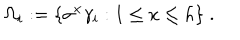
LaTeX: \Omega _ { i } : = \{ \sigma ^ { x } \gamma _ { i } : 1 \leq x \leq h \} \; .